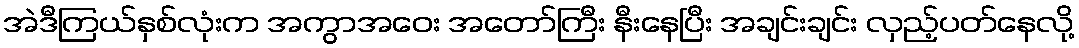
အဲဒီကြယ်နှစ်လုံးက အကွာအဝေး အတော်ကြီး နီးနေပြီး အချင်းချင်း လှည့်ပတ်နေလို့